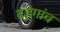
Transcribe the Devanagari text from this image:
दहेगांव